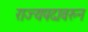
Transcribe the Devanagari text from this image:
राज्यपदावरुन